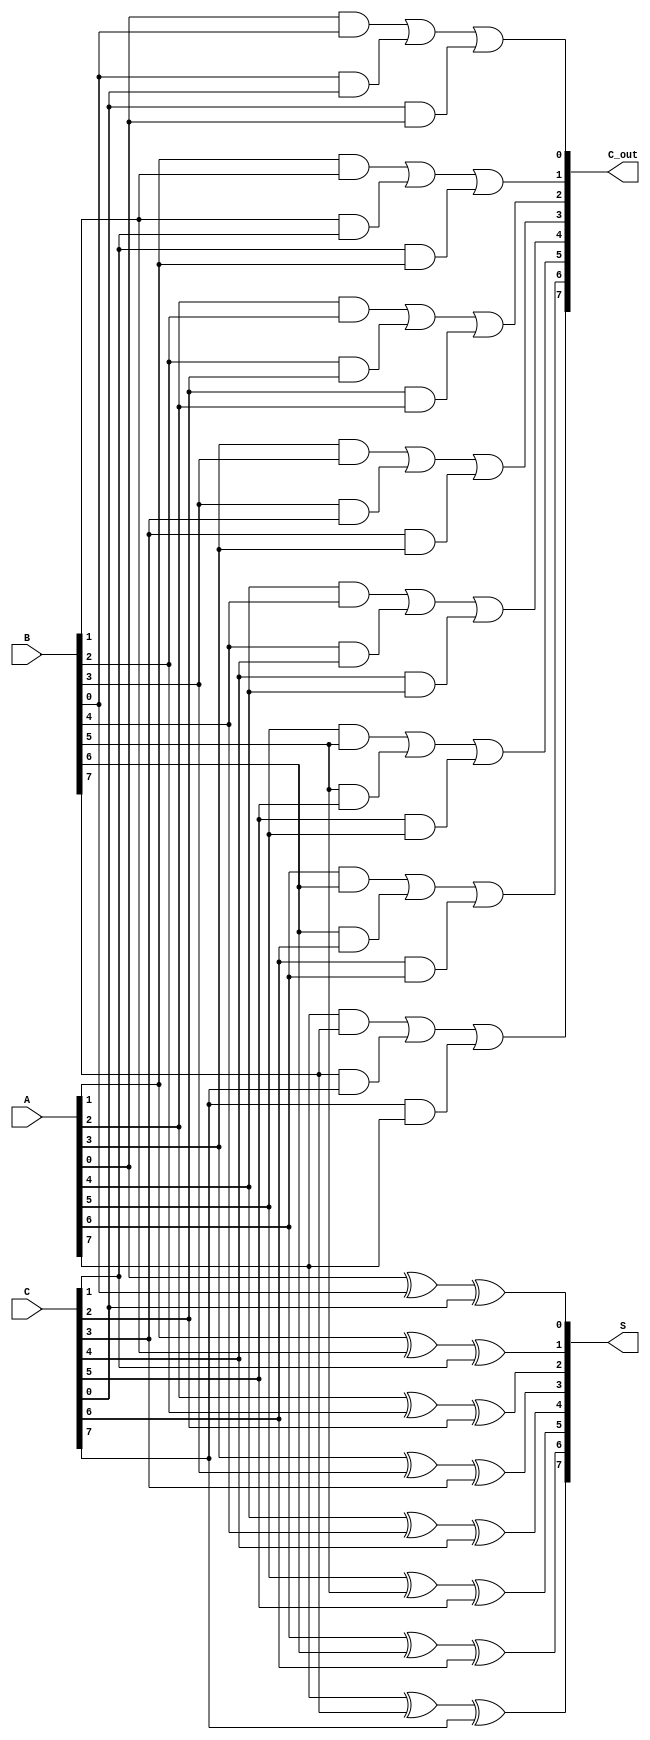
module ParallelCarrySaveAdder #(parameter N = 8) (
    input  [N-1:0] A,  // First n-bit input
    input  [N-1:0] B,  // Second n-bit input
    input  [N-1:0] C,  // Third n-bit input
    output [N-1:0] S,  // Sum output
    output [N-1:0] C_out // Carry output
);

    // Internal wires for sum and carry
    wire [N-1:0] sum_temp;
    wire [N-1:0] carry_temp;

    // Bit-wise addition for sum and carry
    genvar i;
    generate
        for (i = 0; i < N; i = i + 1) begin : CSA_Bit
            // Calculate sum bit
            assign S[i] = A[i] ^ B[i] ^ C[i];
            // Calculate carry bit
            assign C_out[i] = (A[i] & B[i]) | (B[i] & C[i]) | (C[i] & A[i]);
        end
    endgenerate

endmodule